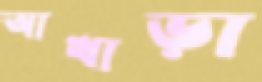
আখাড়া